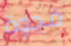
فجوة